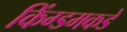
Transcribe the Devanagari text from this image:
किंग्डमकडे